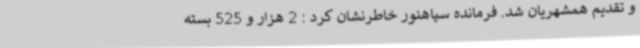
و تقدیم همشهریان شد. فرمانده سپاهنور خاطرنشان کرد : 2 هزار و 525 بسته